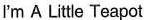
I'm A Litle Teapot